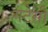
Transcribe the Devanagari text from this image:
गटेसी